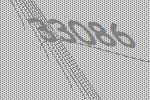
33086